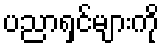
ပညာရှင်များကို